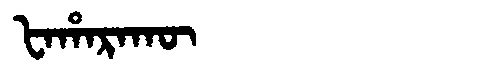
Manchu: ᡶᠠᡥᠠᡵᠠᡴᡡ
Romanization: FAHARAKŪ